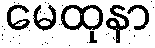
မေထုနာ